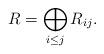
LaTeX: \begin{align*}R=\bigoplus_{i\leq j} R_{ij}. \end{align*}